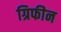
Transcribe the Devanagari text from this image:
ग्रिफीन